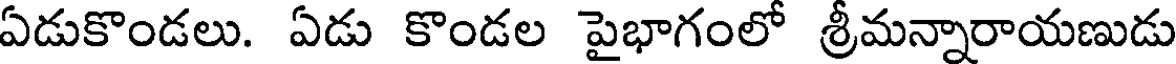
ఏడుకొండలు. ఏడు కొండల పైభాగంలో శ్రీమన్నారాయణుడు